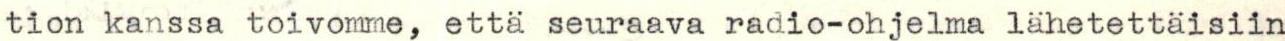
tion kanssa toivomme, että seuraava radio-ohjelma lähetettäisiin